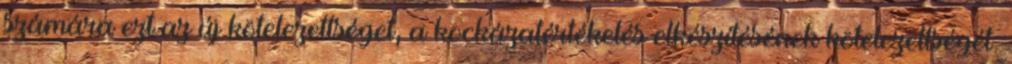
számára ezt az új kötelezettséget, a kockázatértékelés elkészítésének kötelezettségét.